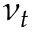
\nu _ { t }